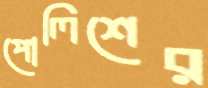
পোলিশের